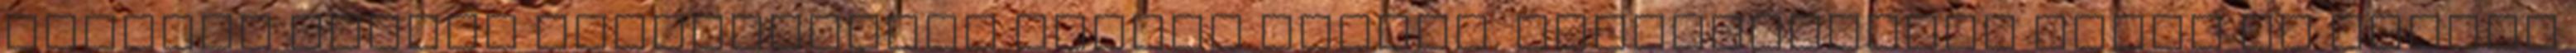
markáns arcélű kifejezetten jóképű férfiú. Testalkatilag magas és karcsú